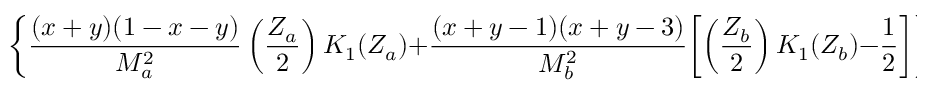
\biggl \{ \frac { ( x + y ) ( 1 - x - y ) } { M _ { a } ^ { 2 } } \left( \frac { Z _ { a } } { 2 } \right) K _ { 1 } ( Z _ { a } ) + \frac { ( x + y - 1 ) ( x + y - 3 ) } { M _ { b } ^ { 2 } } \biggl [ \left( \frac { Z _ { b } } { 2 } \right) K _ { 1 } ( Z _ { b } ) - \frac { 1 } { 2 } \biggr ] \biggr \}